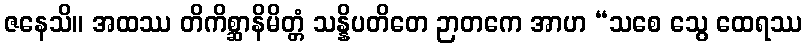
ဇနေသိ။ အထဿ တိကိစ္ဆာနိမိတ္တံ သန္နိပတိတေ ဉာတကေ အာဟ “သစေ သွေ ထေရဿ